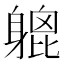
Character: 𨉮